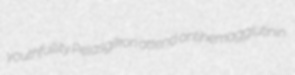
youthfullity Pelasgikon attend antihemagglutinin